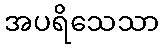
အပရိသေသာ